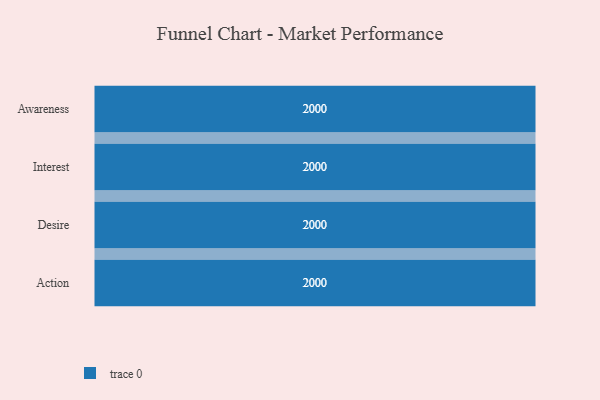
{"axis": {"x": "Stage", "y": "Value"}, "legend": [""], "data": [{"x": "Awareness", "y": 2000, "type": ""}, {"x": "Interest", "y": 2000, "type": ""}, {"x": "Desire", "y": 2000, "type": ""}, {"x": "Action", "y": 2000, "type": ""}]}